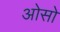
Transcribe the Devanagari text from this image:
ओसो